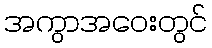
အကွာအဝေးတွင်